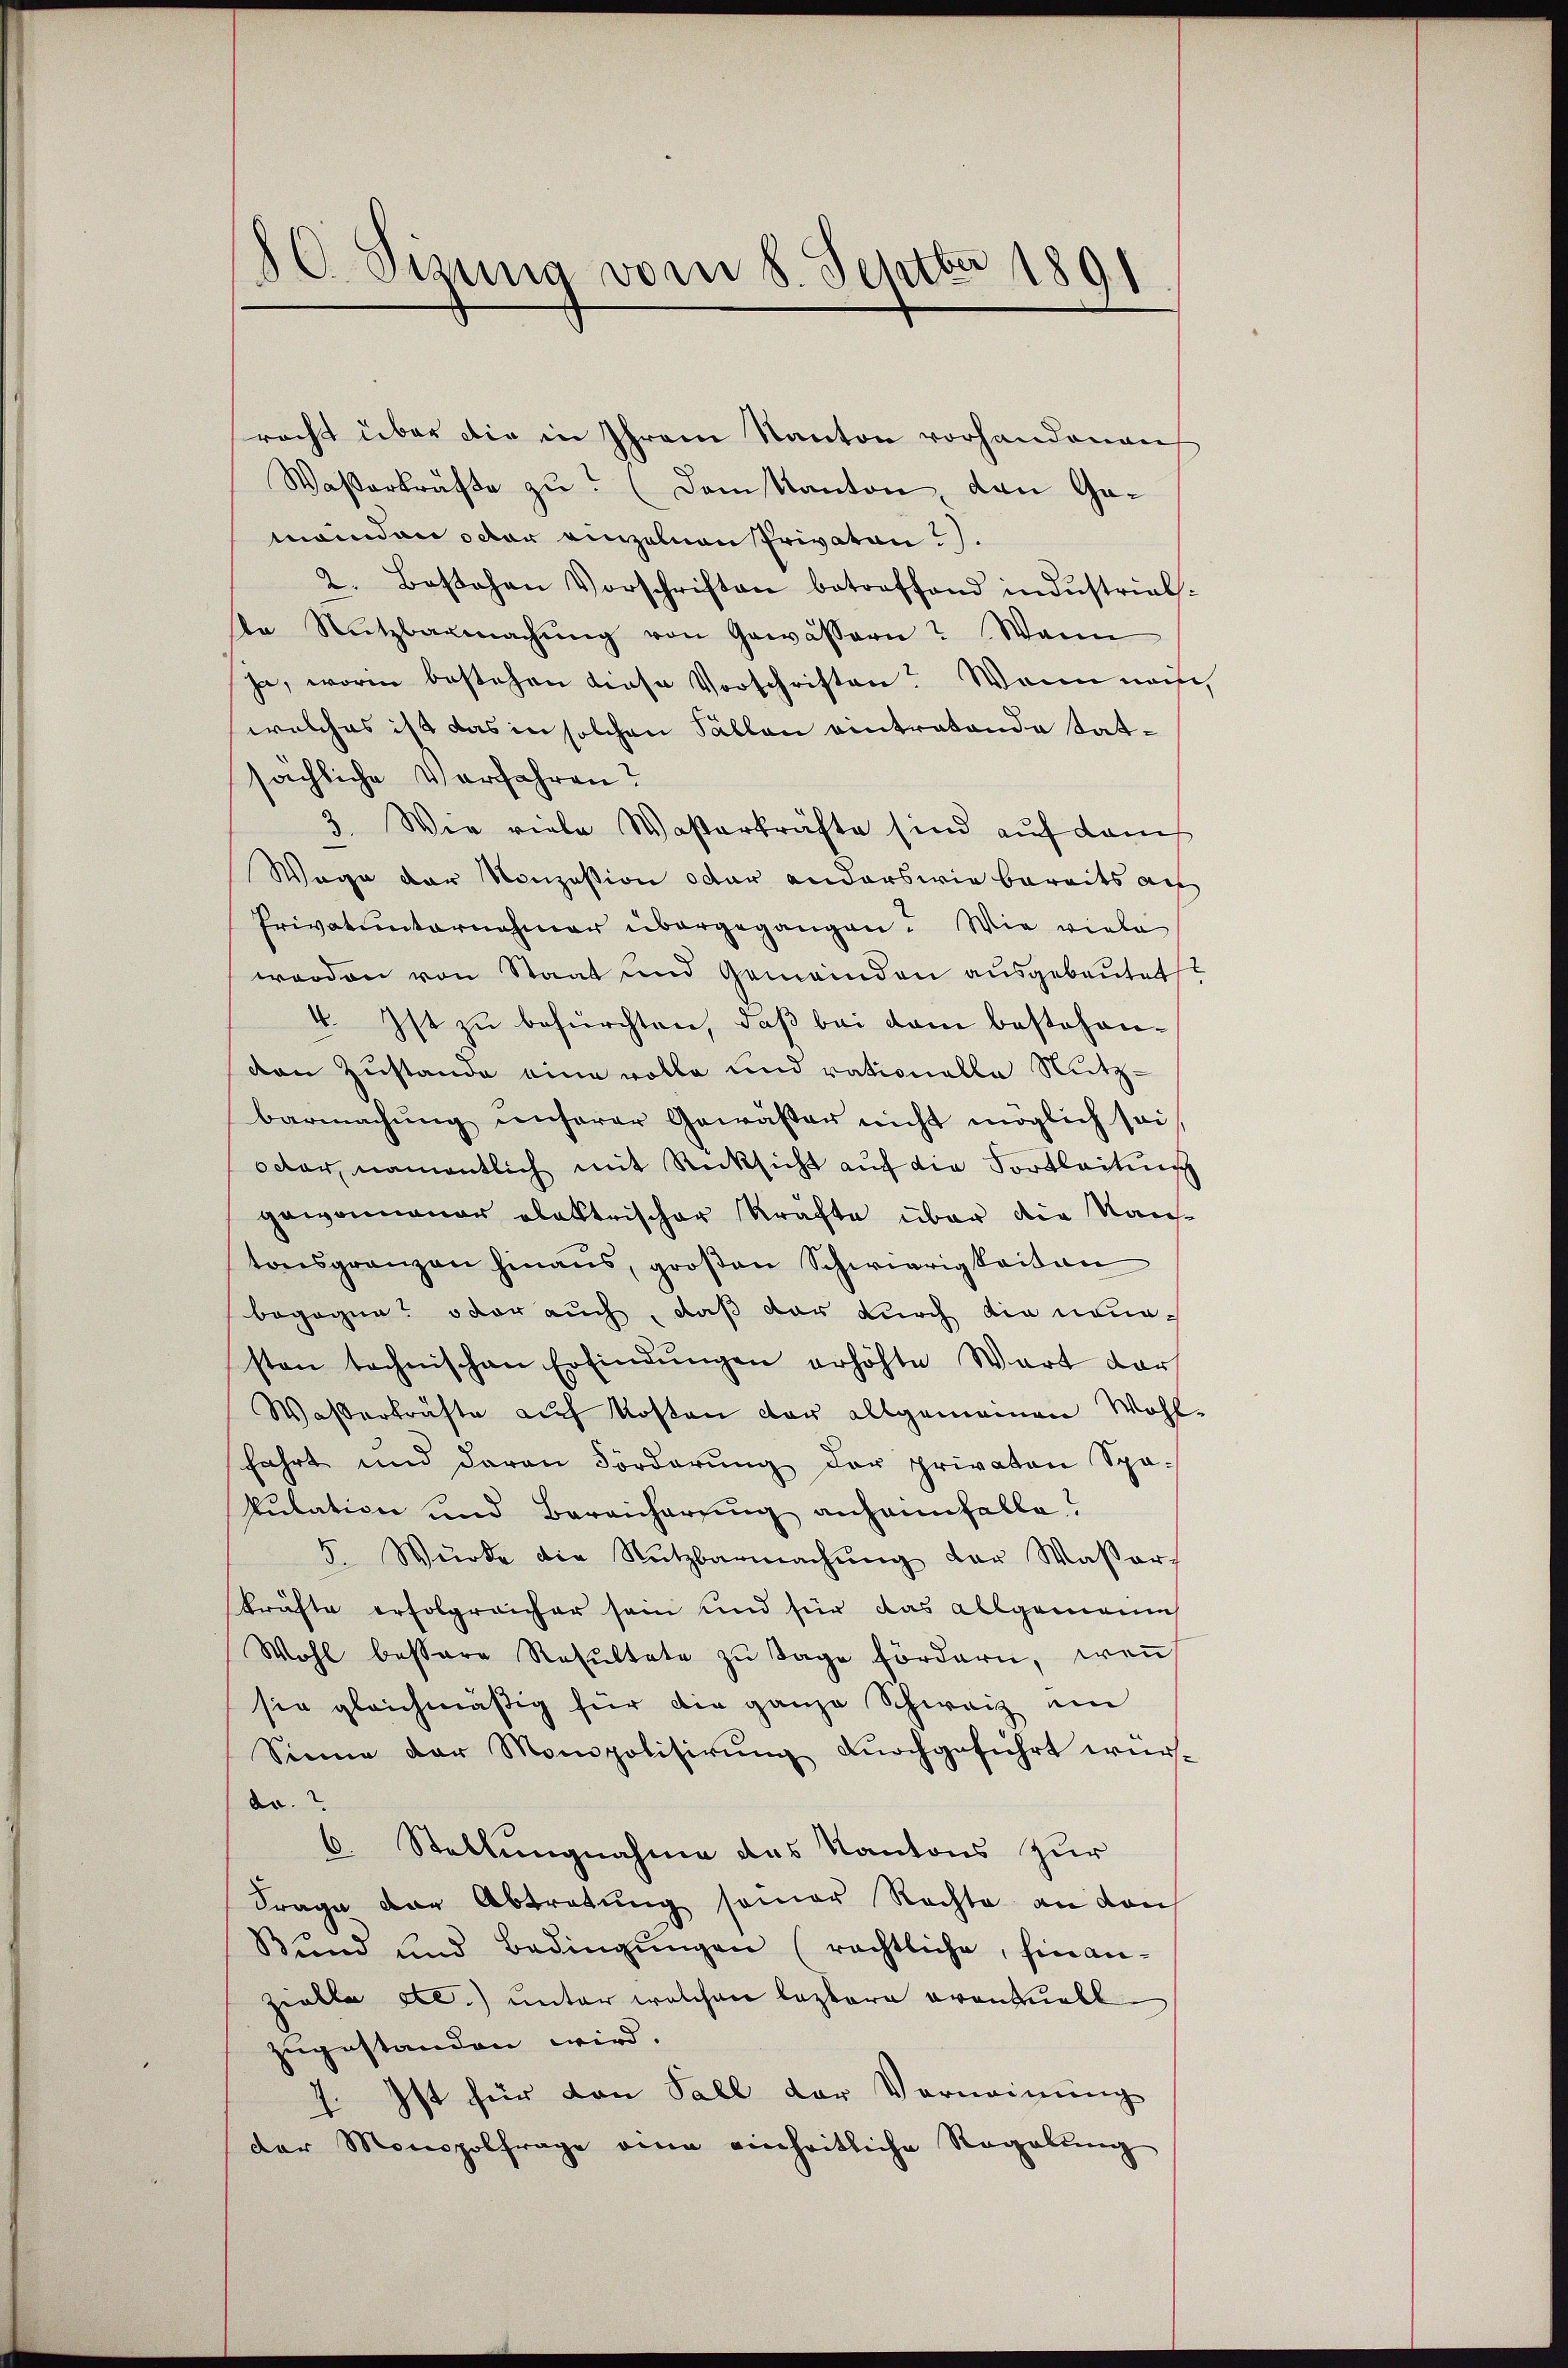
8C Sizung vom 8. Septbr 189

racht über die in Ihrem Kanton vorhandenen
Waßerkräfte zu? (Dem Kanton, den Gameinden oder einzelnen Privaten?).
2. Bostohen Vorschriften betreffend indŭstrial-
te Nutzbarmachŭng von Gewässern? Wann
ja, worin bestehen diese Vorschriften? Wann nach
welches ist das in solchen Fällen eintratende tatsächliche Verfahren?
1. Wie viele Waßerkräfte sind auf dans
Wege der Konzession oder anderswie bereits ach
Privatunternehmer übergegangen. Wie viele
werden von Staat und Gemeinden ausgebautet
4. Ist zu befürchten, daß bei dem bestehenvon Zustande eine volle und rationelle Nutz-
barmachŭng ŭnserer Gewäßer nicht möglich sei
octor, namentlich mit Rücksicht auf die Fortleitung
gewonnener elektrischer Kräfte über die Naustonsgrenzen hinaus, großen Schwierigkeiten
begegne? oder auch, daß der durch die neuesten technischen Erfindŭngen erhöhte Wart dar
Waßerkräfte auf Kosten der allgemeinen Wohlfahrt und daran Forderŭng der privaten Spa-
kulation und Bereicherung anheimfalle?
5. Würde die Nutzbarmachŭng der Wasser-
kräfte erfolgreicher sein und für das allgemeine
Wohl bessere Resŭltate zŭ Tage fördern, weṅ
sie gleichmäßig für die ganze Schweiz ein
Sinne der Monopolisirŭng durchgeführt wurda.
6. Stellungnahme das Kantons zur
Frage der Abtretung seiner Rechte an den
Bund und Bedingŭngen (rechtliche, hin an-
zielle etc.) unter welchen leztere avantuell
zugestanden wird.
1. Ist für von Fall der Verneinung
der Monopolfrage eine einheitliche Regalŭng